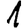
Digit: 1